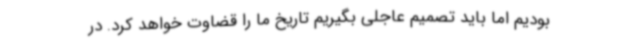
بودیم اما باید تصمیم عاجلی بگیریم تاریخ ما را قضاوت خواهد کرد. در